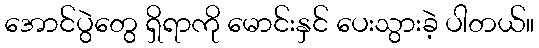
အောင်ပွဲတွေ ရှိရာကို မောင်းနှင် ပေးသွားခဲ့ ပါတယ်။